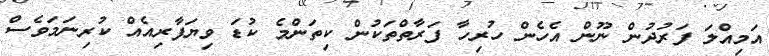
އަމިއްލަ ފަރުދުން ނޫން އެހެން ހުރިހާ ފަރާތްތަކުން ކިތަންމެ ކުޑަ ވިޔަފާރިއެއް ކުރިނަމަވެސް